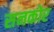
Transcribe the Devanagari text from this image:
सनकोर